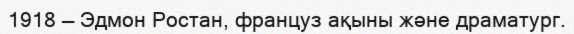
1918 — Эдмон Ростан, француз ақыны және драматург.